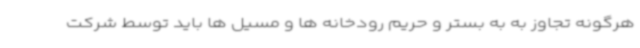
هرگونه تجاوز به به بستر و حریم رودخانه ها و مسیل ها باید توسط شرکت